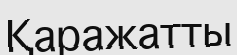
Қаражатты